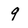
Character: 9